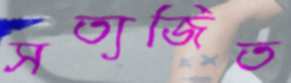
সত্যজিত